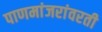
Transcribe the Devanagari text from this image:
पाणमांजरांवरती